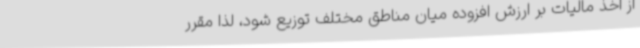
از اخذ مالیات بر ارزش افزوده میان مناطق مختلف توزیع شود، لذا مقرر